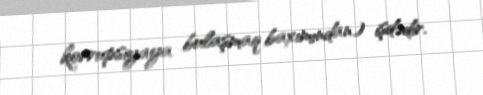
korrupsiyaya bulaşmaq baxımından) işdədir.